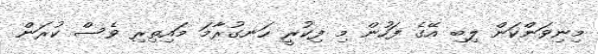
މިނިވަންކަން ލިބި އޭގެ ފަހުން މި ފިކުރީ ހަނގުރާމަ މައިތިރި ވެސް ކުރަން